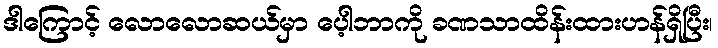
ဒါကြောင့် လောလောဆယ်မှာ ပေ့ါဘာကို ခဏသာထိန်းထားဟန်ရှိပြီး၊